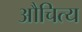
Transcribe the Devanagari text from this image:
औचित्‍य